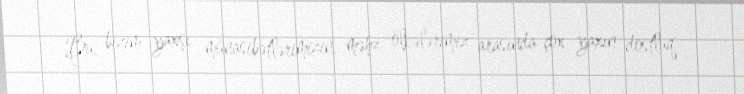
Bu, bizim yaxşı münasibətlərimizin, məhz ölkələrimiz arasında çox yaxın dostluq